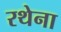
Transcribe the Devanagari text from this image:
रथेना